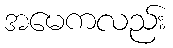
အမေကလည်း